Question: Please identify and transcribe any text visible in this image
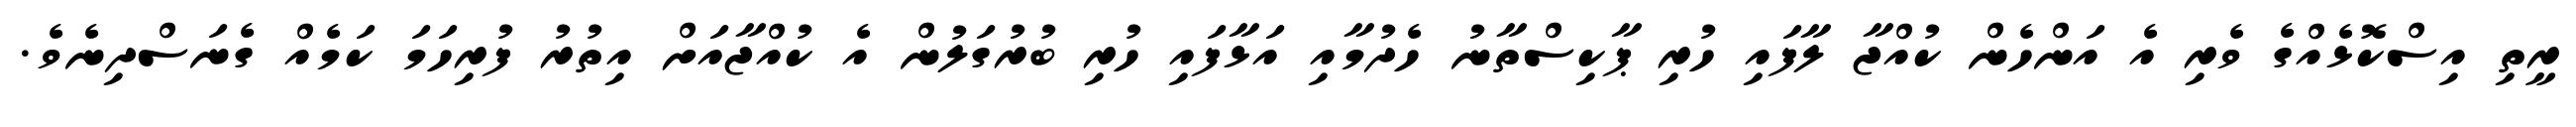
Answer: ރީތި އިސްކޮޅެއްގެ ވެރި އެ އަންހެން ކުއްޖާ ލާފައި ހުރި ޕާކިސްތާނު ހެދުމާއި އަޅާފައި ހުރި ބުރުގަލުން އެ ކުއްޖާއަށް އިތުރު ފުރިހަމަ ކަމެއް ގެނަސްދިނެވެ.